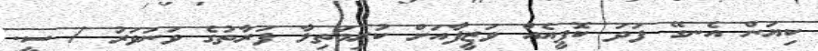
ކިޔަން އެނގޭ ފަދަ ކޮޕީއެއް ވަޒީފާއަށް ކުރިމަތިލާ ފަރާތުގެ ވަނަވަރު / ސީ.